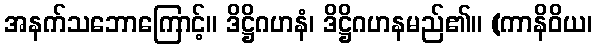
အနက်သဘောကြောင့်။ ဒိဋ္ဌိဂဟနံ၊ ဒိဋ္ဌိဂဟနမည်၏။ (ကာနိဝိယ၊